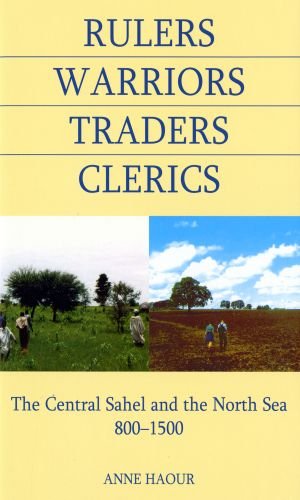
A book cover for Rulers, Warriors, Traders, Clerics: The Central Sahel and the North Sea, 800-1500 (British Academy Postdoctoral Fellowship Monographs); Anne Haour; Science & Math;